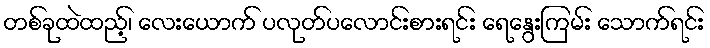
တစ်ခုထဲထည့်၊ လေးယောက် ပလုတ်ပလောင်းစားရင်း ရေနွေးကြမ်း သောက်ရင်း